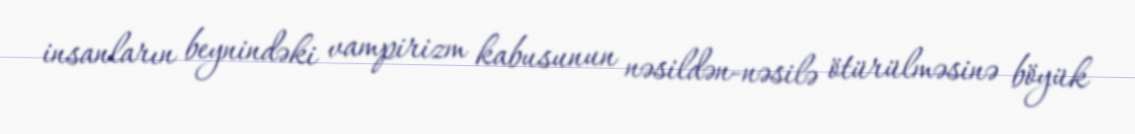
insanların beynindəki vampirizm kabusunun nəsildən-nəsilə ötürülməsinə böyük